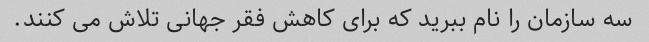
سه سازمان را نام ببرید که برای کاهش فقر جهانی تلاش می کنند.